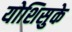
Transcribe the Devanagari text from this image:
योशिसुके